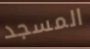
المسجد